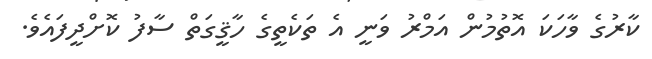
ކާރުގެ ވާހަކަ އޮތުމުން އަމްރު ވަނީ އެ ތަކެތީގެ ހާޤީގަތް ސާފު ކޮށްދީފައެވެ.